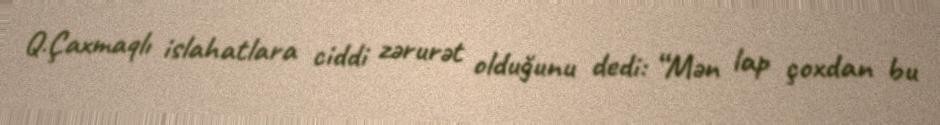
Q.Çaxmaqlı islahatlara ciddi zərurət olduğunu dedi: “Mən lap çoxdan bu